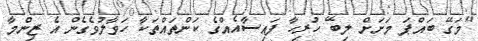
"މަގޭ ބައްޕަ މަށަށް ލިބޭ ހުރިހާ ފައިސާއެއްގެ ކަންތައްތަކާ ހަވާލުވެގެން އެ ޒިންމާ